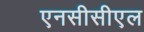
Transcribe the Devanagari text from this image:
एनसीसीएल